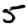
Digit: 5